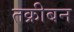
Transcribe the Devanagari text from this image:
तक्रीबन